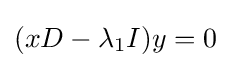
(xD-\lambda _{1}I)y=0